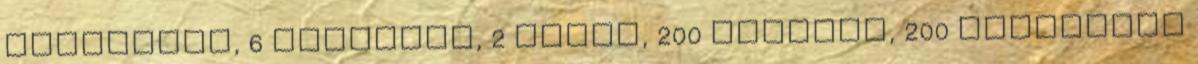
kőművesre, 6 kőtörőre, 2 ácsra, 200 lapátra, 200 csákányra